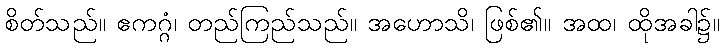
စိတ်သည်။ ဧကဂ္ဂံ၊ တည်ကြည်သည်။ အဟောသိ၊ ဖြစ်၏။ အထ၊ ထိုအခါ၌။